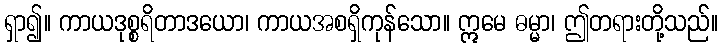
ရှာ၍။ ကာယဒုစ္စရိတာဒယော၊ ကာယအစရှိကုန်သော။ ဣမေ ဓမ္မာ၊ ဤတရားတို့သည်။